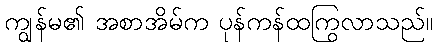
ကျွန်မ၏ အစာအိမ်က ပုန်ကန်ထကြွလာသည်။